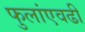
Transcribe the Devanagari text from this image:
फुलांएवढी